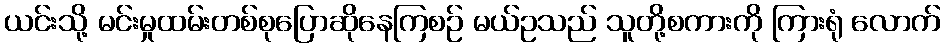
ယင်းသို့ မင်းမှုထမ်းတစ်စုပြောဆိုနေကြစဉ် မယ်ဥသည် သူတို့စကားကို ကြားရုံ လောက်